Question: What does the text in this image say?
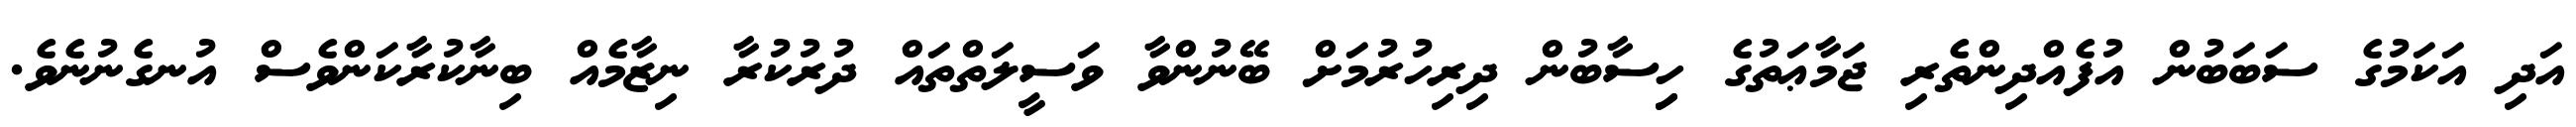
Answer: އަދި އަކަމުގެ ސަބަބުން އުފެއްދިންތެރި ޖަމާޢަތުގެ ހިިސާބުން ދިރިހުރުމަށް ބޭނުންވާ ވަސީލަތްތައް ދުރުކުރާ ނިޒާމެއް ބިނާކުރާކަންވެސް އުނގެނުނެވެ.